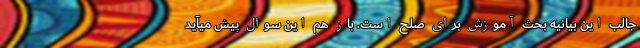
جالب این بیانیه بحث آموزش برای صلح است. باز هم این سوال پیش میآید